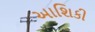
આશિકી